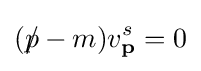
(p\!\!\!/-m)v_{\textbf {p}}^{s}=0